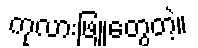
ကုလားဖြူတွေတဲ့။